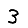
Digit: 3